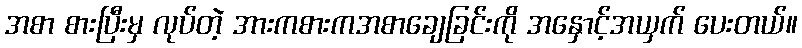
အစာ စားပြီးမှ လုပ်တဲ့ အားကစားကအစာချေခြင်းကို အနှောင့်အယှက် ပေးတယ်။